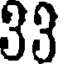
33